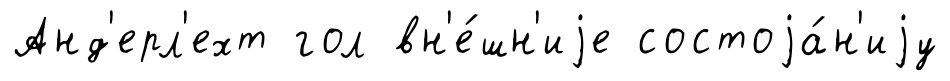
Анд'ерл'ехт гол вн'е́шн'иjе состоjа́н'иjу